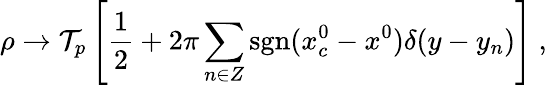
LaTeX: \rho\to{\cal T}_{p}\left[{\frac{1}{2}}+2\pi\sum_{n\in Z}\mathrm{sgn}(x_{c}^{0}-x^{0})\delta(y-y_{n})\right]~,